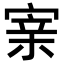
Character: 𡩁